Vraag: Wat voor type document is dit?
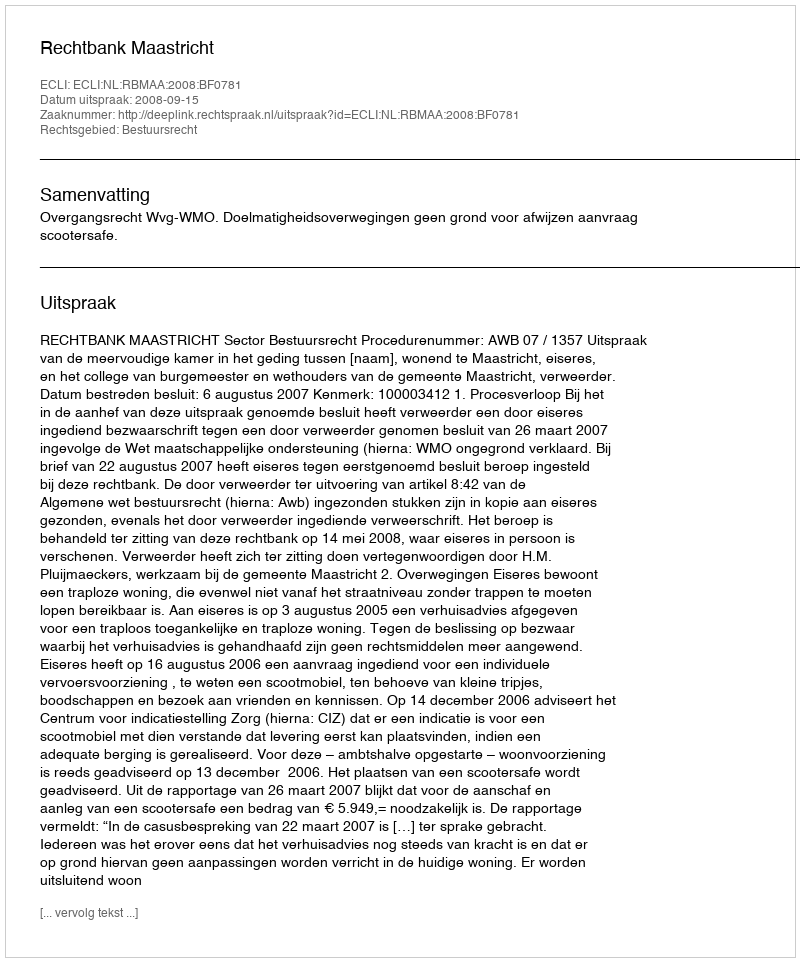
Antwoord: Uitspraak